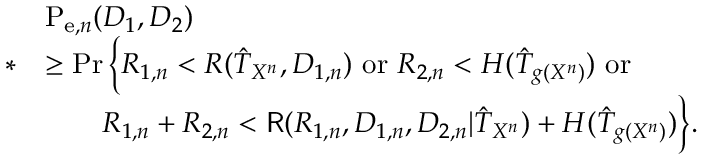
\begin{array} { r l } & { \mathrm { P } _ { \mathrm { e } , n } ( D _ { 1 } , D _ { 2 } ) } \\ { * } & { \geq \operatorname* { P r } \Big \{ R _ { 1 , n } < R ( \hat { T } _ { X ^ { n } } , D _ { 1 , n } ) ~ \mathrm { o r } ~ R _ { 2 , n } < H ( \hat { T } _ { g ( X ^ { n } ) } ) ~ \mathrm { o r } } \\ & { \qquad R _ { 1 , n } + R _ { 2 , n } < \mathsf { R } ( R _ { 1 , n } , D _ { 1 , n } , D _ { 2 , n } | \hat { T } _ { X ^ { n } } ) + H ( \hat { T } _ { g ( X ^ { n } ) } ) \Big \} . } \end{array}